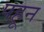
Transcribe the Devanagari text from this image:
पहून